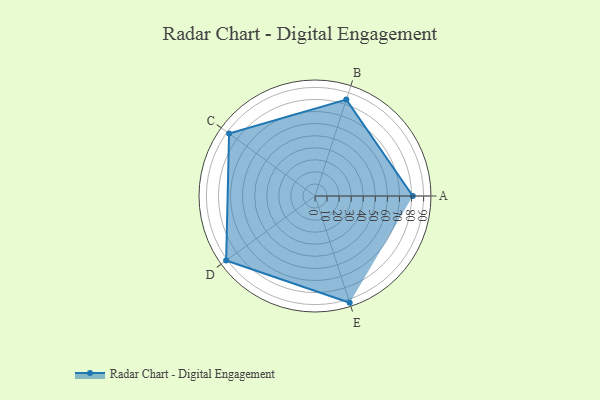
{"axis": {"x": "Skill", "y": "Score"}, "legend": ["Profile"], "data": [{"x": "A", "y": 81.0, "type": "Profile"}, {"x": "B", "y": 84.0, "type": "Profile"}, {"x": "C", "y": 88.0, "type": "Profile"}, {"x": "D", "y": 91.0, "type": "Profile"}, {"x": "E", "y": 93.0, "type": "Profile"}]}